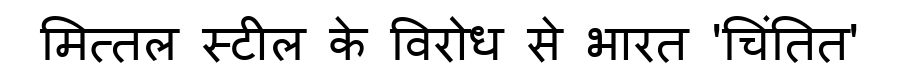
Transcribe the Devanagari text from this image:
मित्तल स्टील के विरोध से भारत 'चिंतित'